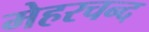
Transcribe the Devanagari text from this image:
मेहरचन्द